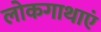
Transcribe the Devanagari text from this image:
लोकगाथाएं